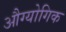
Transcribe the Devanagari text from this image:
औग्योगिक